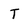
Character: T